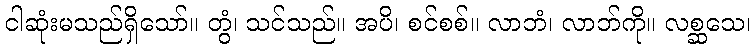
ငါဆုံးမသည်ရှိသော်။ တွံ၊ သင်သည်။ အပိ၊ စင်စစ်။ လာဘံ၊ လာဘ်ကို။ လစ္ဆသေ၊